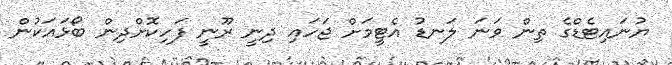
ޔުނައިޓެޑްގެ ތިން ވަނަ ލަނޑު އެޓީމަށް ޖަހައި ދިނީ ރޫނީ ފަހިކޮށްދިން ބޯޅައަކުން